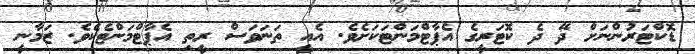
ޑޮކްޓަރުންނަށް ދޭ ދެ ކޮޓަރީގެ އެޕާޓްމަންޓަކަށެވެ. އެއީ ތަނަވަސް ރީތި އެޕާޓްމަންޓެކެވެ. ޒަމާނީ